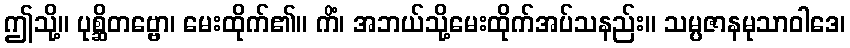
ဤသို့။ ပုစ္ဆိတဗ္ဗော၊ မေးထိုက်၏။ ကိံ၊ အဘယ်သို့မေးထိုက်အပ်သနည်း။ သမ္ပဇာနမုသာဝါဒေ၊